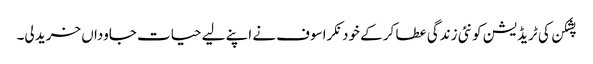
پشکن کی ٹریڈیشن کو نئی زندگی عطا کر کے خود نکراسوف نے اپنے لیے حیات جاوداں خرید لی۔